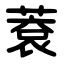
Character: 蔉